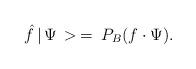
LaTeX: \begin{align*}\hat{f}\, |\, \Psi\, >\: =\: P_{B}(f\cdot\Psi ).\end{align*}